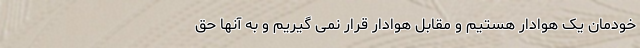
خودمان یک هوادار هستیم و مقابل هوادار قرار نمی گیریم و به آنها حق